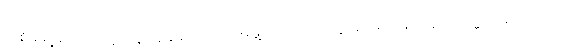
အစိုးရရဲ့မကောင်းမှုတန်ပြန်နှိမ်နင်းရေး အဖွဲ့ကပြုလုပ်တဲ့ ပွဲအခမ်းအနားတွင်း သမ္မတ ဒူတာတေးက